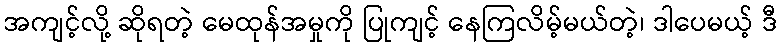
အကျင့်လို့ ဆိုရတဲ့ မေထုန်အမှုကို ပြုကျင့် နေကြလိမ့်မယ်တဲ့၊ ဒါပေမယ့် ဒီ